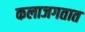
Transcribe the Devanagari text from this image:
कलाजगतात